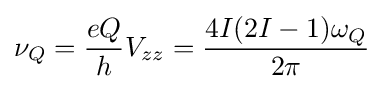
\nu _{Q}={\frac {eQ}{h}}V_{zz}={\frac {4I(2I-1)\omega _{Q}}{2\pi }}